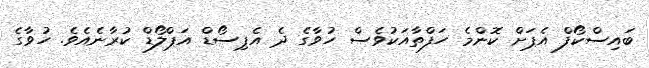
ބައިސްކޯފް އެޕަށް ކޮންމެ ހަފްތާއަކުވެސް ހުވާގެ ދެ އެޕިސޯޑް އަޕްލޯޑް ކުރާނެއެވެ. ހުވާގެ